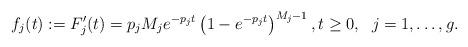
LaTeX: \begin{align*}f_j(t) := F_j'(t) = p_j M_j e^{-p_j t} \left(1 - e^{-p_j t}\right)^{M_j - 1},t \geq 0,\ \; j = 1, \dots, g.\end{align*}